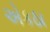
એકઠા